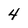
Character: 4